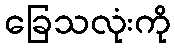
ခြေသလုံးကို